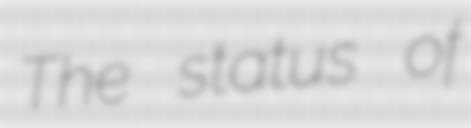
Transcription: The status of